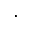
\cdot